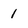
Character: 1